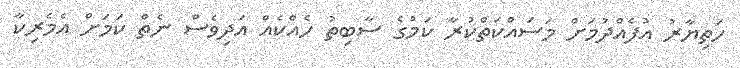
ހަތިޔާރު އުފެއްދުމަށް މަސައްކަތްކުރާ ކަމުގެ ސާބިތު ހެއްކެއް އަދިވެސް ނެތް ކަމަށް އެމެރިކާ